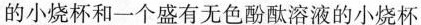
的小烧杯和一个盛有无色酚酞溶液的小烧杯